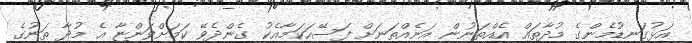
އަޅުގަނޑުމެންގެ މުދާތައް އެއްތަނުން އަނެއްތަނަށް ފަސޭހަކަމާއެކު ގެންދެވޭ ކަމަށްވަންޏާ އެ މުދާ ތަނުގެ